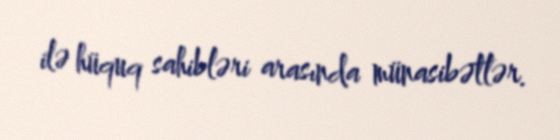
ilə hüquq sahibləri arasında münasibətlər.